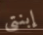
إبنتى